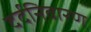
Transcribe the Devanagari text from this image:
दर्दनिवारण